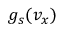
g _ { s } ( v _ { x } )